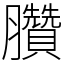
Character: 臢